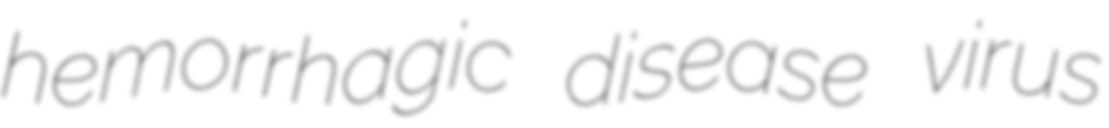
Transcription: hemorrhagic disease virus